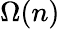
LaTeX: \Omega(n)